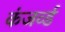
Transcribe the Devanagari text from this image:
कंजर्व्ड